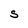
Character: S